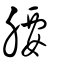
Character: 腰